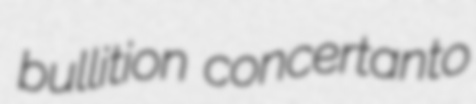
bullition concertanto